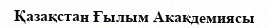
Қазақстан Ғылым Акакдемиясы